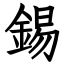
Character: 錫